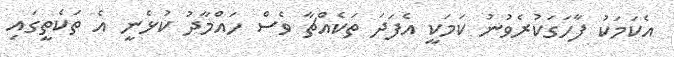
އެކަމަކު ފާހަގަކުރެވުނު ކަމަކީ އެފަދަ ތަކެއްޗާ ވެސް ހައްމާދު ކުޅެނީ އެ ތަކެތީގައި